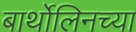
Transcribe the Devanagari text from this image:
बार्थोलिनच्या